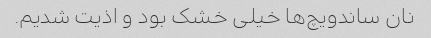
نان ساندویچ‌ها خیلی خشک بود و اذیت شدیم.